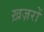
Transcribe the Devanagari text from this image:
ख़ज़रों